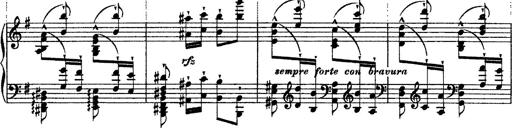
Title: Ã‰tudes d'exÃ©cution transcendante d'aprÃ¨s Paganini
Composer: Franz Liszt